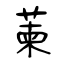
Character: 萰